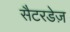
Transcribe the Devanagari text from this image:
सैटरडेज़